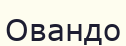
Овандо